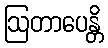
ဩတာပေန္တိ